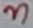
Text: 3